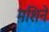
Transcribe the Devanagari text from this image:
मशिने